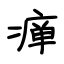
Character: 瘅